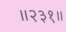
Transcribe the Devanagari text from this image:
॥२३१॥